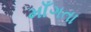
માઁગતા